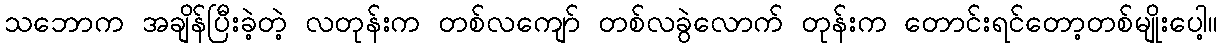
သဘောက အချိန်ပြီးခဲ့တဲ့ လတုန်းက တစ်လကျော် တစ်လခွဲလောက် တုန်းက တောင်းရင်တော့တစ်မျိုးပေါ့။